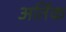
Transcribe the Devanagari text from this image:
अर्तिक